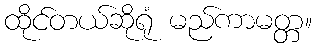
ထိုင်တယ်ဆိုရုံ မည်ကာမတ္တ။